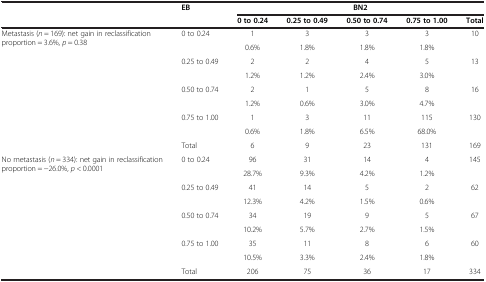
<table><thead><tr><td rowspan="2"><b> </b></td><td rowspan="2"><b>EB</b></td><td colspan="5"><b>BN2</b></td></tr><tr><td><b>0 to 0.24</b></td><td><b>0.25 to 0.49</b></td><td><b>0.50 to 0.74</b></td><td><b>0.75 to 1.00</b></td><td><b>Total</b></td></tr></thead><tbody><tr><td rowspan="9">Metastasis (<i>n</i> = 169): net gain in reclassification proportion = 3.6%, <i>p</i> = 0.38</td><td rowspan="2">0 to 0.24</td><td>1</td><td>3</td><td>3</td><td>3</td><td>10</td></tr><tr><td>0.6%</td><td>1.8%</td><td>1.8%</td><td>1.8%</td><td> </td></tr><tr><td rowspan="2">0.25 to 0.49</td><td>2</td><td>2</td><td>4</td><td>5</td><td>13</td></tr><tr><td>1.2%</td><td>1.2%</td><td>2.4%</td><td>3.0%</td><td> </td></tr><tr><td rowspan="2">0.50 to 0.74</td><td>2</td><td>1</td><td>5</td><td>8</td><td>16</td></tr><tr><td>1.2%</td><td>0.6%</td><td>3.0%</td><td>4.7%</td><td> </td></tr><tr><td rowspan="2">0.75 to 1.00</td><td>1</td><td>3</td><td>11</td><td>115</td><td>130</td></tr><tr><td>0.6%</td><td>1.8%</td><td>6.5%</td><td>68.0%</td><td> </td></tr><tr><td>Total</td><td>6</td><td>9</td><td>23</td><td>131</td><td>169</td></tr><tr><td rowspan="9">No metastasis (<i>n</i> = 334): net gain in reclassification proportion = −26.0%, <i>p</i> &lt; 0.0001</td><td rowspan="2">0 to 0.24</td><td>96</td><td>31</td><td>14</td><td>4</td><td>145</td></tr><tr><td>28.7%</td><td>9.3%</td><td>4.2%</td><td>1.2%</td><td> </td></tr><tr><td rowspan="2">0.25 to 0.49</td><td>41</td><td>14</td><td>5</td><td>2</td><td>62</td></tr><tr><td>12.3%</td><td>4.2%</td><td>1.5%</td><td>0.6%</td><td> </td></tr><tr><td rowspan="2">0.50 to 0.74</td><td>34</td><td>19</td><td>9</td><td>5</td><td>67</td></tr><tr><td>10.2%</td><td>5.7%</td><td>2.7%</td><td>1.5%</td><td> </td></tr><tr><td rowspan="2">0.75 to 1.00</td><td>35</td><td>11</td><td>8</td><td>6</td><td>60</td></tr><tr><td>10.5%</td><td>3.3%</td><td>2.4%</td><td>1.8%</td><td> </td></tr><tr><td>Total</td><td>206</td><td>75</td><td>36</td><td>17</td><td>334</td></tr></tbody></table>